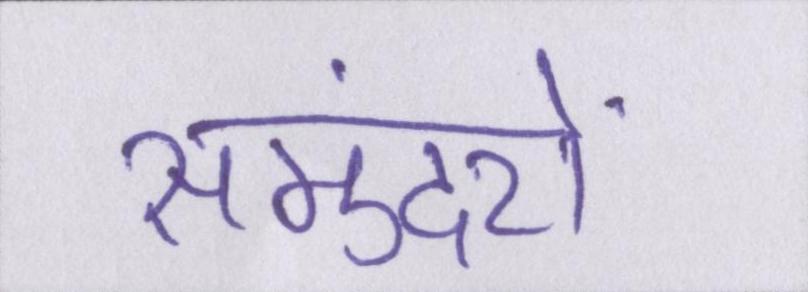
समुंदरों